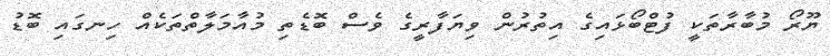
ޔޫރޯ މުބާރާތަކީ ފުޓްބޯޅައިގެ އިތުރުން ވިޔަފާރީގެ ވެސް ބޮޑެތި މުއާމަލާތްތަކެއް ހިނގައި ބޮޑު